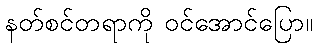
နတ်စင်တရာကို ဝင်အောင်ပြော။